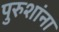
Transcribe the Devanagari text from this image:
पुरुशांना